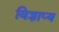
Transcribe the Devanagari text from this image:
विज्ञाप्य